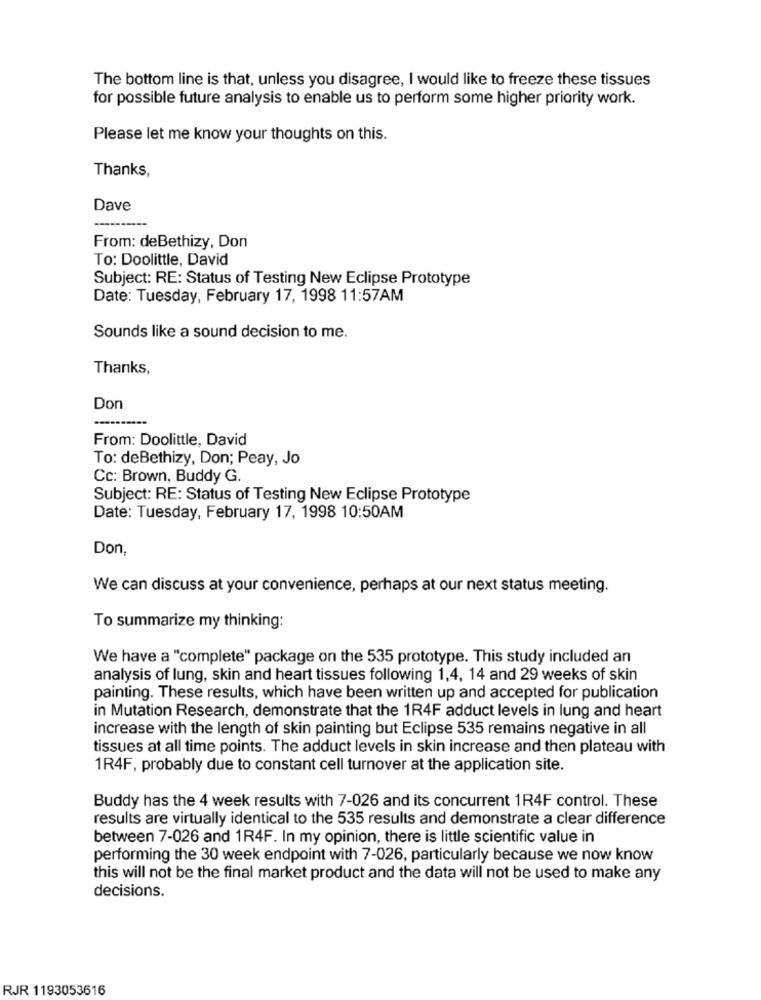
The bottom line is that, unless you disagree, I would like to freeze these tissues
for possible future analysis to enable us to perform some higher priority work.
Please let me know your thoughts on this.
Thanks,
Dave
From: deBethizy, Don
To: Doolittle, David
Subject: RE: Status of Testing New Eclipse Prototype
Date: Tuesday, February 17, 1998 11:57AM
Sounds like a sound decision to me.
Thanks,
Don
From: Doolittle, David
To: deBethizy, Don; Peay, Jo
Cc: Brown, Buddy G.
Subject: RE: Status of Testing New Eclipse Prototype
Date: Tuesday, February 17, 1998 10:50AM
Don,
We can discuss at your convenience, perhaps at our next status meeting.
To summarize my thinking:
We have a "complete" package on the 535 prototype. This study included an
analysis of lung, skin and heart tissues following 1,4, 14 and 29 weeks of skin
painting. These results, which have been written up and accepted for publication
in Mutation Research, demonstrate that the 1R4F adduct levels in lung and heart
increase with the length of skin painting but Eclipse 535 remains negative in all
tissues at all time points. The adduct levels in skin increase and then plateau with
1R4F, probably due to constant cell turnover at the application site.
Buddy has the 4 week results with 7-026 and its concurrent 1R4F control. These
results are virtually identical to the 535 results and demonstrate a clear difference
between 7-026 and 1R4F. In my opinion, there is little scientific value in
performing the 30 week endpoint with 7-026, particularly because we now know
this will not be the final market product and the data will not be used to make any
decisions.
RJR 1193053616